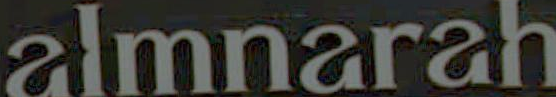
almnarah